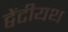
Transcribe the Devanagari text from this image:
ट्वेंटीयथ